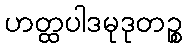
ဟတ္ထပါဒမုဒုတဉ္စ